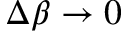
\Delta \beta \rightarrow 0